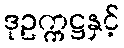
ဒုဥက္ကဋ္ဌနှင့်